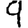
Digit: 9